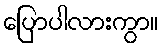
ပြောပါလားကွာ။